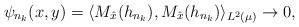
LaTeX: \begin{align*}\psi_{n_k}(x,y)= \langle M_{\hat{x} }(h_{n_k}), M_{\hat{x}}(h_{n_k}) \rangle_{L^2(\mu)} \rightarrow 0,\end{align*}